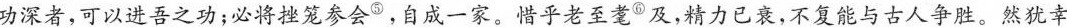
功深者，可以进吾之功；必将挫笼参会⑤，自成一家。惜乎老至耄①及，精力已衰，不复能与古人争胜。然犹幸